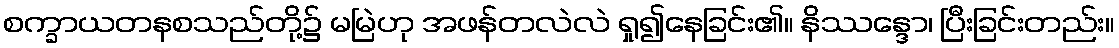
စက္ခာယတနစသည်တို့၌ မမြဲဟု အဖန်တလဲလဲ ရှု၍နေခြင်း၏။ နိဿန္ဒော၊ ပြီးခြင်းတည်း။